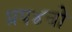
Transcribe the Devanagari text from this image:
प्रप४चो